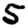
Digit: 5